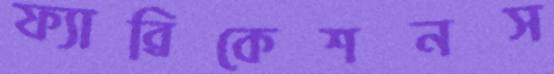
ফ্যাব্রিকেশনস